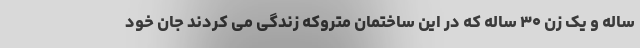
ساله و یک زن ۳۰ ساله که در این ساختمان متروکه زندگی می کردند جان خود